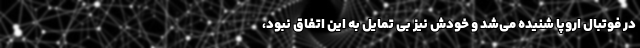
در فوتبال اروپا شنیده می‌شد و خودش نیز بی تمایل به این اتفاق نبود،